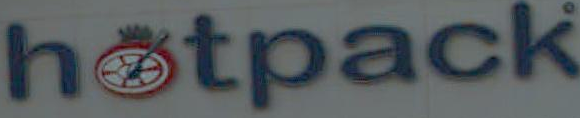
hotpack